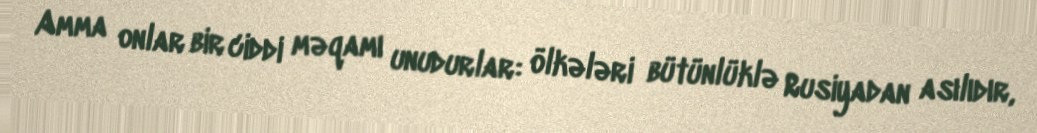
Amma onlar bir ciddi məqamı unudurlar: ölkələri bütünlüklə Rusiyadan asılıdır,